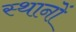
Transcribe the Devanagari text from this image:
स्थानाें